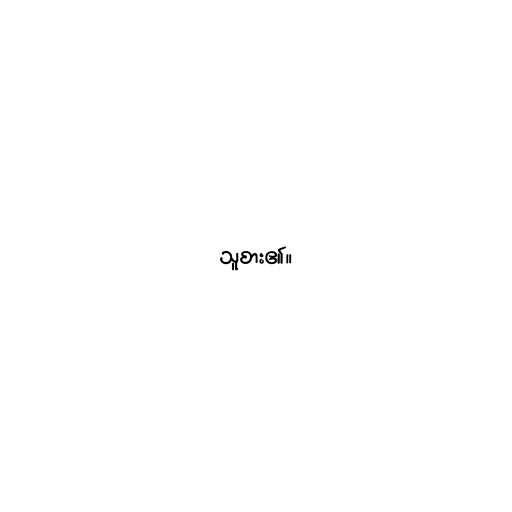
သူစား၏။